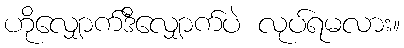
ဟိုလျှောက်ဒီလျှောက်ပဲ လုပ်ရမလား။